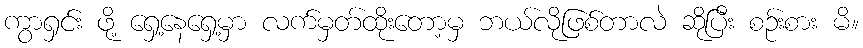
ကွာရှင်း ဖို့ ရှေ့နေရှေ့မှာ လက်မှတ်ထိုးတော့မှ ဘယ်လိုဖြစ်တာလဲ ဆိုပြီး စဉ်းစား မိ။